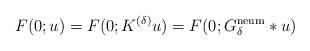
LaTeX: \begin{align*}F(0; u) = F(0;K^{(\delta)} u)=F(0;G^{\rm neum}_\delta *u) \end{align*}